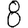
Digit: 8